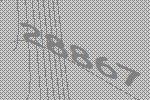
28867